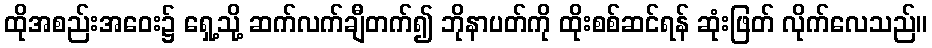
ထိုအစည်းအဝေး၌ ရှေ့သို့ ဆက်လက်ချီတက်၍ ဘိုနာပတ်ကို ထိုးစစ်ဆင်ရန် ဆုံးဖြတ် လိုက်လေသည်။